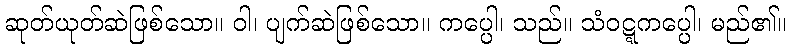
ဆုတ်ယုတ်ဆဲဖြစ်သော။ ဝါ၊ ပျက်ဆဲဖြစ်သော။ ကပ္ပေါ၊ သည်။ သံဝဋ္ဋကပ္ပေါ၊ မည်၏။